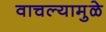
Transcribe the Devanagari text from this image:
वाचल्यामुळे